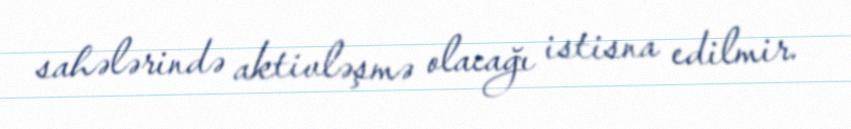
sahələrində aktivləşmə olacağı istisna edilmir.